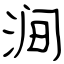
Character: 涧